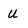
Character: U